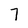
Character: 7